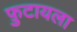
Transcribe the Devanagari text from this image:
फ़ुटायला